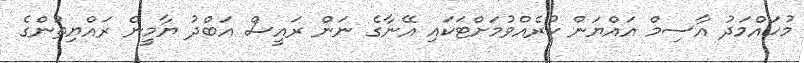
މުހައްމަދު އާސިމް އައްޔަން ކުރެއްވުމަށްޓަކައި އޭނާގެ ނަން ރަައީސް އަބްދު ޔާމީން ރައްޔިތުންގެ